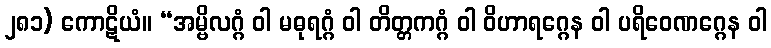
၂၈၁) ကောဋိယံ။ “အမ္ဗိလဂ္ဂံ ဝါ မဓုရဂ္ဂံ ဝါ တိတ္တကဂ္ဂံ ဝါ ဝိဟာရဂ္ဂေန ဝါ ပရိဝေဏဂ္ဂေန ဝါ